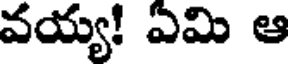
వయ్య! ఏమి ఆ